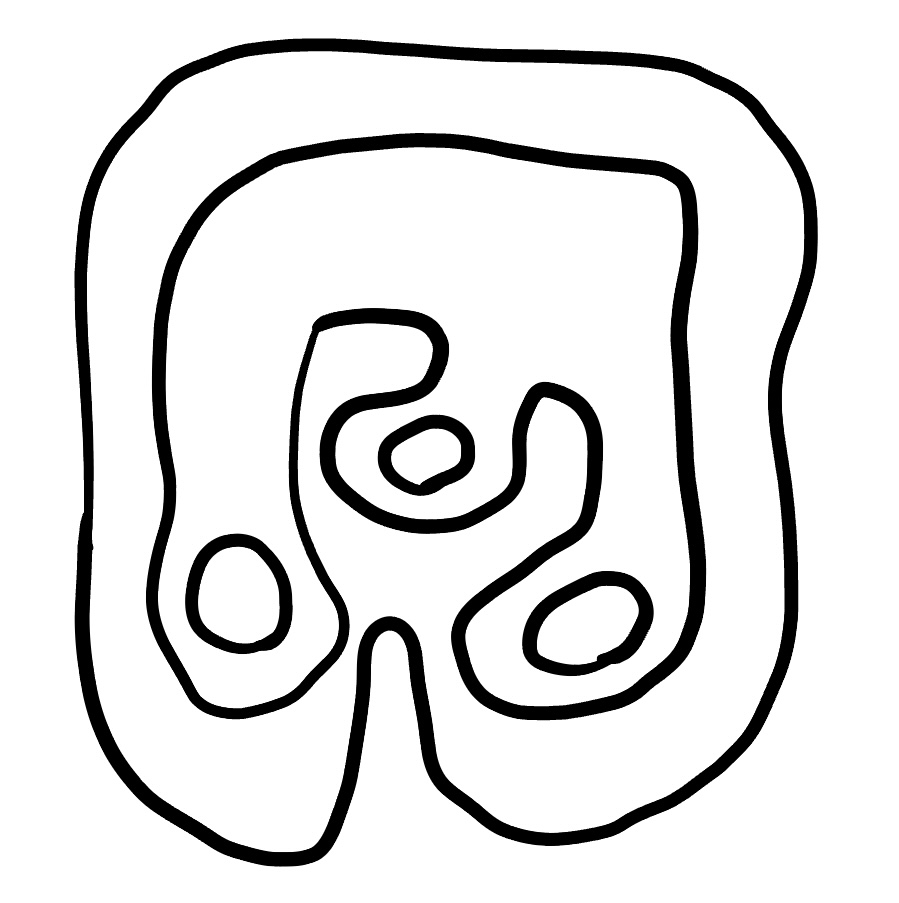
Number of regions (including the outer root region): 6
Containment tree edges (parent, child): 0, 1, 1, 2, 2, 3, 2, 4, 2, 5